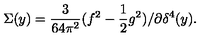
\Sigma ( y ) = \frac { 3 } { 6 4 \pi ^ { 2 } } ( f ^ { 2 } - \frac { 1 } { 2 } g ^ { 2 } ) / \partial \delta ^ { 4 } ( y ) .